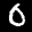
Label: 0